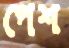
পেশ